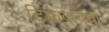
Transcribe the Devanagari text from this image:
टिकवायचा